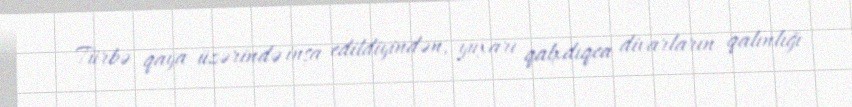
Türbə qaya üzərində inşa edildiyindən, yuxarı qalxdıqca divarların qalınlığı